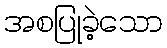
အစပြုခဲ့သော